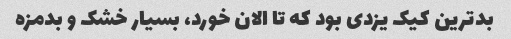
بدترین کیک یزدی بود که تا الان خورد، بسیار خشک و بدمزه